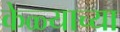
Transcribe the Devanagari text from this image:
केळ्याच्या